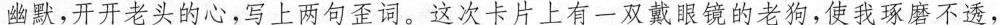
幽默,开开老头的心,写上两句歪词。这次卡片上有一双戴眼镜的老狗,使我琢磨不透，